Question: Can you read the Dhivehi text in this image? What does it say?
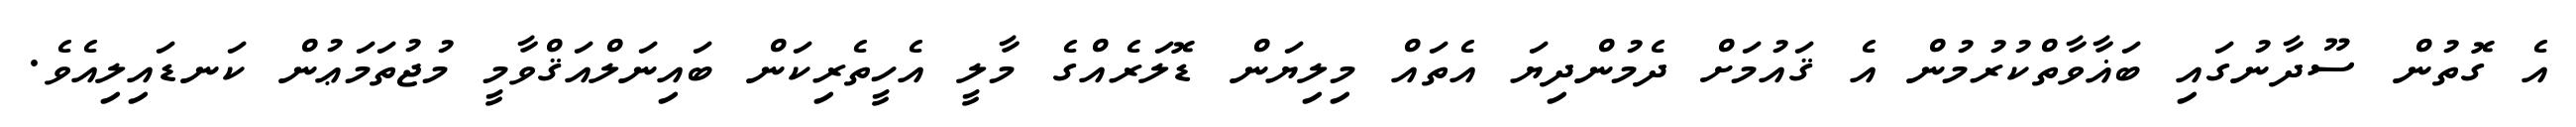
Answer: އެ ގޮތުން ސޫދާނުގައި ބަޣާވާތްކުރުމުން އެ ޤައުމަށް ދެމުންދިޔަ އެތައް މިލިޔަން ޑޮލަރެއްގެ މާލީ އެހީތެރިކަން ބައިނަލްއަޤްވާމީ މުޖުތަމަޢުން ކަނޑައިލިއެވެ.